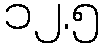
၁၂.၅